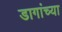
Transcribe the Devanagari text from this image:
डागांच्या